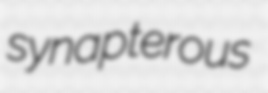
synapterous